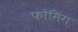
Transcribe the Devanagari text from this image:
फोमिंग